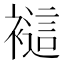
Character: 𲁁